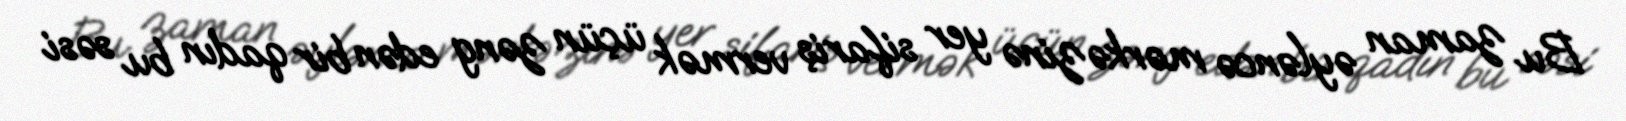
Bu zaman əyləncə mərkəzinə yer sifariş vermək üçün zəng edən bir qadın bu səsi